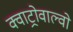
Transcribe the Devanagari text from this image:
क्वाट्रोवाल्वो